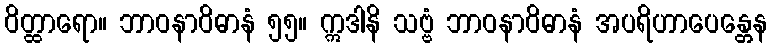
ဝိတ္ထာရော။ ဘာဝနာဝိဓာနံ ၅၅။ ဣဒါနိ သဗ္ဗံ ဘာဝနာဝိဓာနံ အပရိဟာပေန္တေန